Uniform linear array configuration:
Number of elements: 8
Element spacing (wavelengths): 0.5
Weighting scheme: uniform
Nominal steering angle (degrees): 15
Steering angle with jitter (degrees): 15.435
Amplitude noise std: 0.05
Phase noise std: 0.05

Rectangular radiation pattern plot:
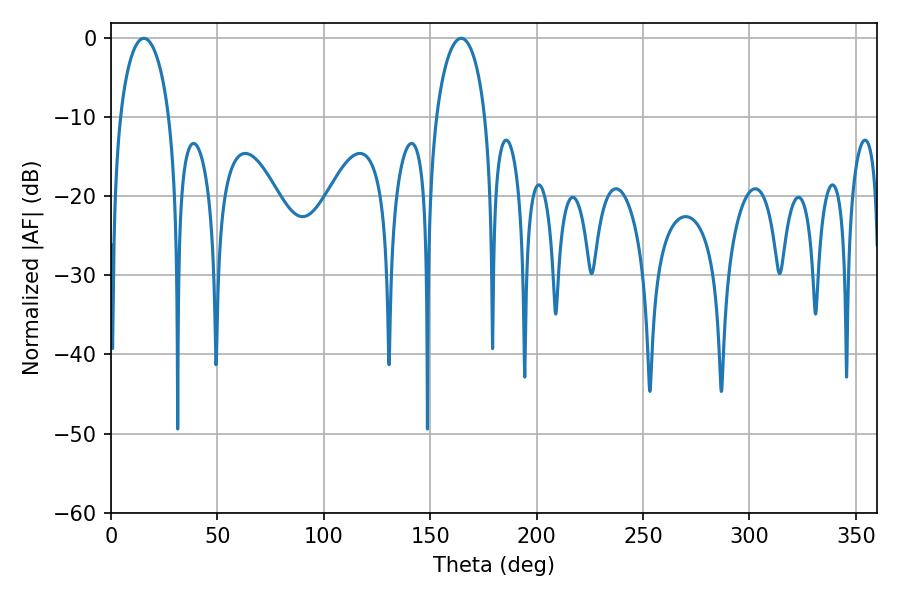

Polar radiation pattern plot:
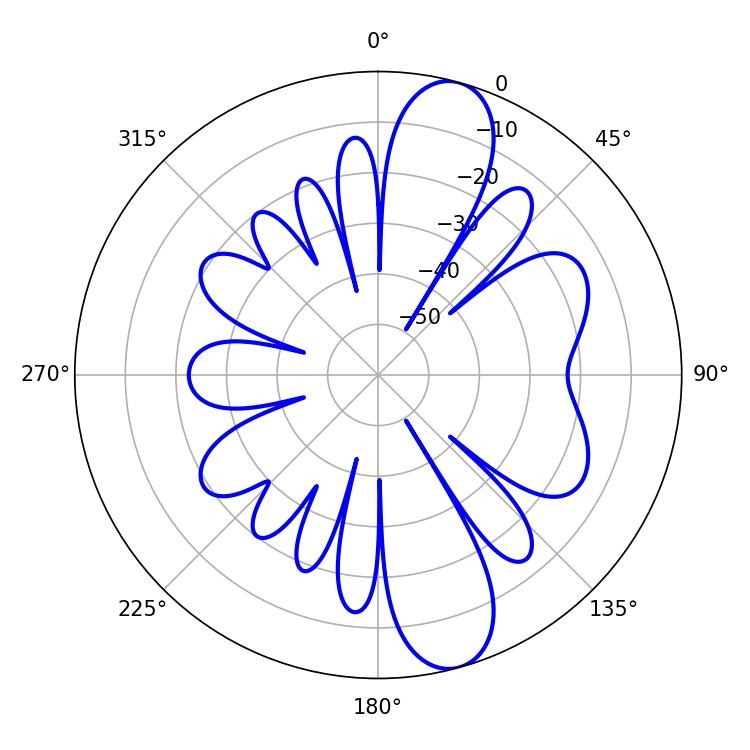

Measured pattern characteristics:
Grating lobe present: FALSE
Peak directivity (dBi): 11.265
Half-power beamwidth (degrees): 13.14
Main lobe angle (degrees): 15.48